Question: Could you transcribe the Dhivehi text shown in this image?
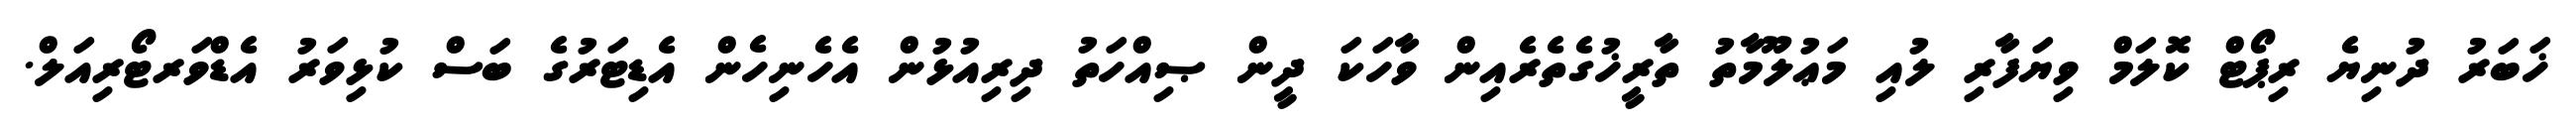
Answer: ޚަބަރު ދުނިޔެ ރިޕޯޓް ކޮލަމް ވިޔަފާރި ލުއި މަޢުލޫމާތު ތާރީޚުގެތެރެއިން ވާހަކަ ދީން ޞިއްހަތު ދިރިއުޅުން އެހެނިހެން އެޑިޓަރުގެ ބަސް ކުޅިވަރު އެޑްވަރޓޯރިއަލް.